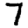
Digit: 7